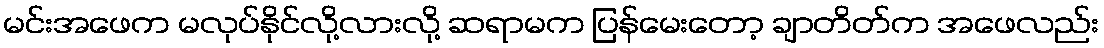
မင်းအဖေက မလုပ်နိုင်လို့လားလို့ ဆရာမက ပြန်မေးတော့ ချာတိတ်က အဖေလည်း